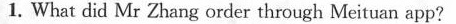
1. What did Mr Zhang order through Meituan app?